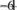
-6